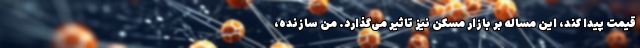
قیمت پیدا کند، این مساله بر بازار مسکن نیز تاثیر می‌گذارد. من سازنده،